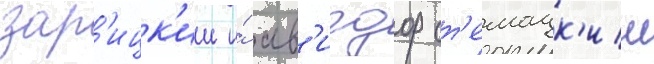
зар'ицк'ии и́ ав'игдор ст'емацк'ии